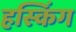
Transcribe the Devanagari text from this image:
हस्किंग